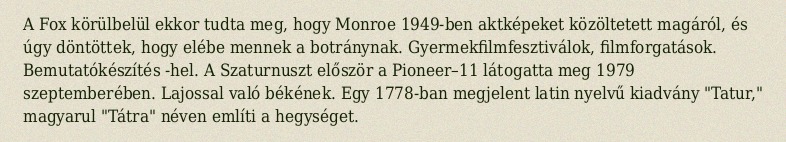
A Fox körülbelül ekkor tudta meg, hogy Monroe 1949-ben aktképeket közöltetett magáról, és úgy döntöttek, hogy elébe mennek a botránynak. Gyermekfilmfesztiválok, filmforgatások. Bemutatókészítés -hel. A Szaturnuszt először a Pioneer–11 látogatta meg 1979 szeptemberében. Lajossal való békének. Egy 1778-ban megjelent latin nyelvű kiadvány "Tatur," magyarul "Tátra" néven említi a hegységet.